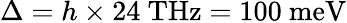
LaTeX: \Delta=h\times 24~\mathrm{THz}=100~\mathrm{meV}